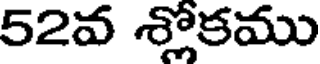
52వ శ్లోకము